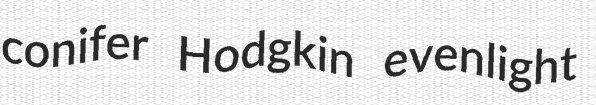
conifer Hodgkin evenlight